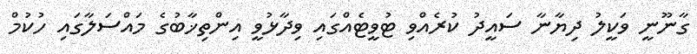
ގާނޫނީ ވަކީލު ދިޔާނާ ސައީދު ކުރެއްވި ޓުވީޓެއްގައި ވިދާޅުވީ އިންތިޚާބުގެ މައްސަލާގައި ހުކުމް